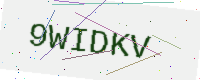
Text: 9WIDKV